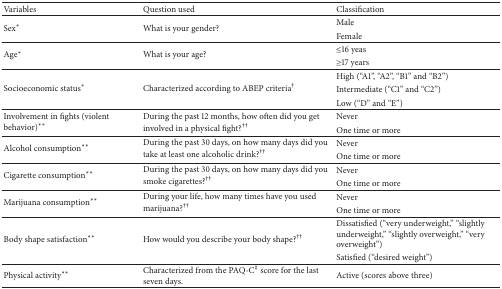
| Variables | Question used | Classification |
 | --- | --- | --- |
 | <ROWSPAN=2> Sex* | <ROWSPAN=2> What is your gender? | Male |
 | Female |
 | <ROWSPAN=2> Age* | <ROWSPAN=2> What is your age? | ≤16 yeas |
 | ≥17 years |
 | <ROWSPAN=3> Socioeconomic status* | <ROWSPAN=3> Characterized according to ABEP criteria† | High (“A1”, “A2”, “B1” and “B2”) |
 | Intermediate (“C1” and “C2”) |
 | Low (“D” and “E”) |
 | <ROWSPAN=2> Involvement in fights (violent behavior)** | <ROWSPAN=2> During the past 12 months, how often did you get involved in a physical fight?†† | Never |
 | One time or more |
 | <ROWSPAN=2> Alcohol consumption** | <ROWSPAN=2> During the past 30 days, on how many days did you take at least one alcoholic drink?†† | Never |
 | One time or more |
 | <ROWSPAN=2> Cigarette consumption** | <ROWSPAN=2> During the past 30 days, on how many days did you smoke cigarettes?†† | Never |
 | One time or more |
 | <ROWSPAN=2> Marijuana consumption** | <ROWSPAN=2> During your life, how many times have you used marijuana?†† | Never |
 | One time or more |
 | <ROWSPAN=2> Body shape satisfaction** | <ROWSPAN=2> How would you describe your body shape?†† | Dissatisfied (“very underweight,” “slightly underweight,” “slightly overweight,” “very overweight”) |
 | Satisfied (“desired weight”) |
 | Physical activity** | Characterized from the PAQ-C‡ score for the last seven days. | Active (scores above three) |